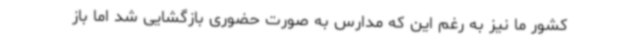
کشور ما نیز به‌ رغم این که مدارس به صورت حضوری بازگشایی شد اما باز